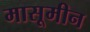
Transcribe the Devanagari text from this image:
मासूमीन